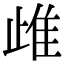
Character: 䧳